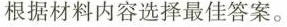
根据材料内容选择最佳答案.。